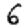
Digit: 6